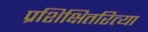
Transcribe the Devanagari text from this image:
प्रशिक्षितरित्या